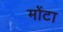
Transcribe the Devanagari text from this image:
मोंटा